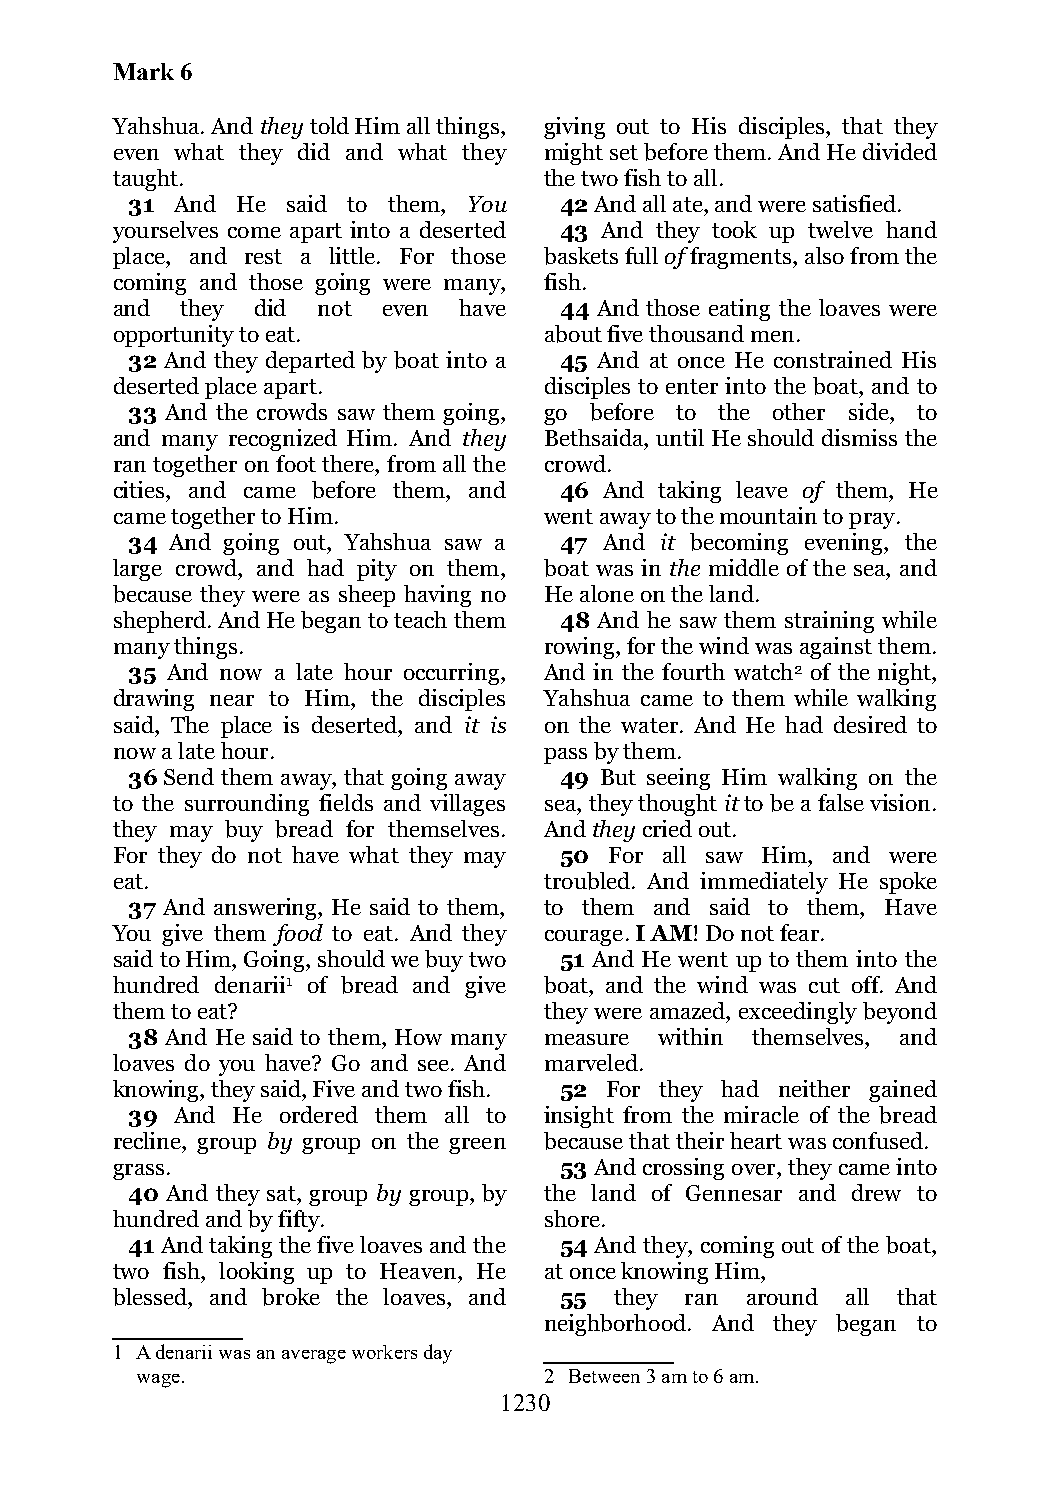
Mark 6
 Yahshua. And they told Him all things, giving out to His disciples, that they
 even what they did and what they might set before them. And He divided
 taught.                      the two fish to all.
 31  And He said to them, You 42 And all ate, and were satisfied.
 yourselves come apart into a deserted 43 And they took up twelve hand
 place, and rest a little. For those baskets full of fragments, also from the
 coming and those going were many, fish.
 and  they did not even have   44 And those eating the loaves were
 opportunity to eat.          about five thousand men.
 32 And they departed by boat into a 45 And at once He constrained His
 deserted place apart.        disciples to enter into the boat, and to
 33 And the crowds saw them going, go before to the other side, to
 and many recognized Him. And they Bethsaida, until He should dismiss the
 ran together on foot there, from all the crowd.
 cities, and came before them, and 46 And taking leave of them, He
 came together to Him.        went away to the mountain to pray.
 34 And going out, Yahshua saw a 47 And it becoming evening, the
 large crowd, and had pity on them, boat was in the middle of the sea, and
 because they were as sheep having no He alone on the land.
 shepherd. And He began to teach them 48 And he saw them straining while
 many things.                 rowing, for the wind was against them.
 35 And now a late hour occurring, And in the fourth watch2 of the night,
 drawing near to Him, the disciples Yahshua came to them while walking
 said, The place is deserted, and it is on the water. And He had desired to
 now a late hour.             pass by them.
 36 Send them away, that going away 49 But seeing Him walking on the
 to the surrounding fields and villages sea, they thought it to be a false vision.
 they may buy bread for themselves. And they cried out.
 For they do not have what they may 50 For all saw Him, and were
 eat.                         troubled. And immediately He spoke
 37 And answering, He said to them, to them and said to them, Have
 You give them food to eat. And they courage. I AM! Do not fear.
 said to Him, Going, should we buy two 51 And He went up to them into the
 hundred denarii1 of bread and give boat, and the wind was cut off. And
 them to eat?                 they were amazed, exceedingly beyond
 38 And He said to them, How many measure within themselves, and
 loaves do you have? Go and see. And marveled.
 knowing, they said, Five and two fish. 52 For they had neither gained
 39  And He ordered them all to insight from the miracle of the bread
 recline, group by group on the green because that their heart was confused.
 grass.                        53 And crossing over, they came into
 40 And they sat, group by group, by the land of Gennesar and drew to
 hundred and by fifty.        shore.
 41 And taking the five loaves and the 54 And they, coming out of the boat,
 two fish, looking up to Heaven, He at once knowing Him,
 blessed, and broke the loaves, and 55 they ran around all that
 neighborhood. And they began to
 1 A denarii was an average workers day
 wage.                      2 Between 3 am to 6 am.
 1230